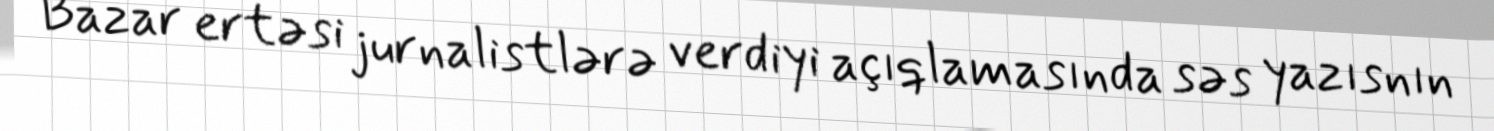
Bazar ertəsi jurnalistlərə verdiyi açıqlamasında səs yazısnın